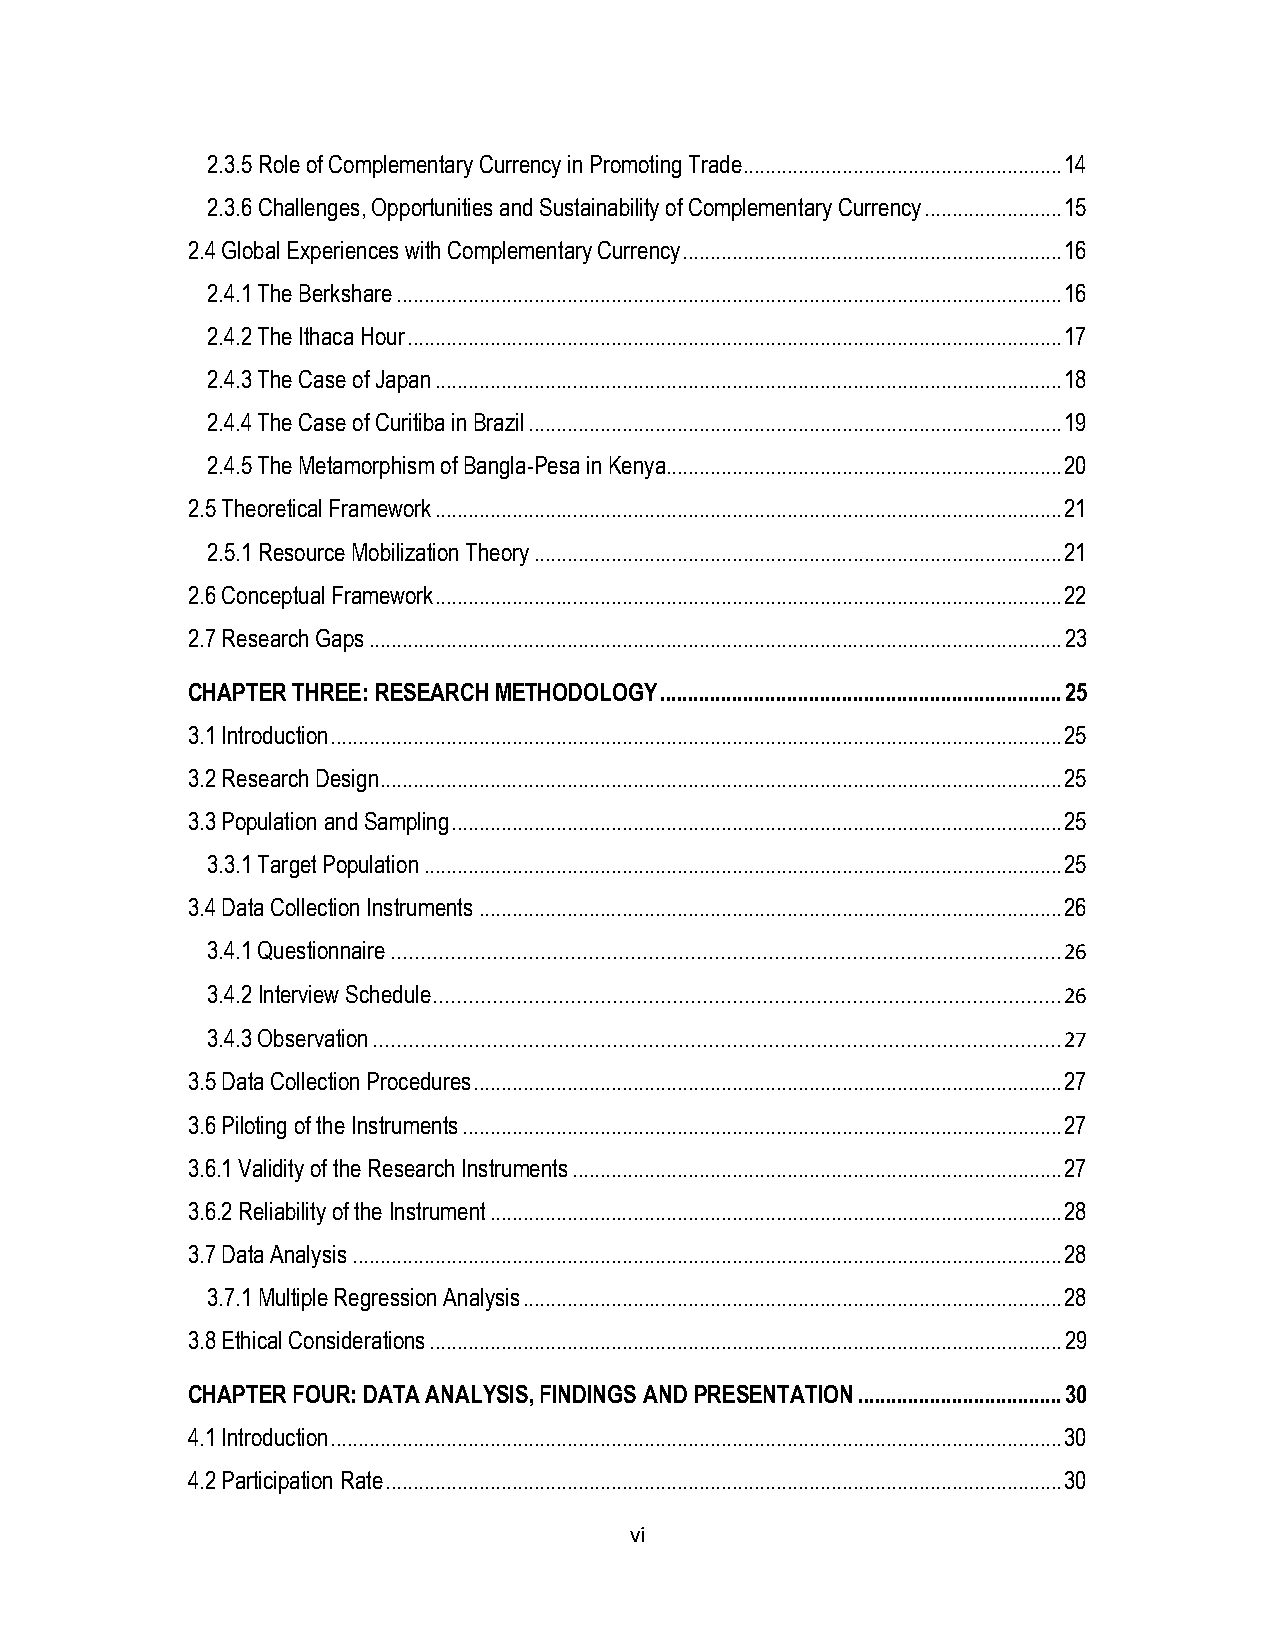
2.3.5 Role of Complementary Currency in Promoting Trade .......................................................... 14
 2.3.6 Challenges, Opportunities and Sustainability of Complementary Currency ......................... 15
 2.4 Global Experiences with Complementary Currency ..................................................................... 16
 2.4.1 The Berkshare ......................................................................................................................... 16
 2.4.2 The Ithaca Hour ....................................................................................................................... 17
 2.4.3 The Case of Japan .................................................................................................................. 18
 2.4.4 The Case of Curitiba in Brazil ................................................................................................. 19
 2.4.5 The Metamorphism of Bangla-Pesa in Kenya........................................................................ 20
 2.5 Theoretical Framework .................................................................................................................. 21
 2.5.1 Resource Mobilization Theory ................................................................................................ 21
 2.6 Conceptual Framework .................................................................................................................. 22
 2.7 Research Gaps .............................................................................................................................. 23
 CHAPTER THREE: RESEARCH METHODOLOGY ......................................................................... 25
 3.1 Introduction ..................................................................................................................................... 25
 3.2 Research Design ............................................................................................................................ 25
 3.3 Population and Sampling ............................................................................................................... 25
 3.3.1 Target Population .................................................................................................................... 25
 3.4 Data Collection Instruments .......................................................................................................... 26
 3.4.1 Questionnaire ................................................................................................................ 26
 3.4.2 Interview Schedule ......................................................................................................... 26
 3.4.3 Observation ................................................................................................................... 27
 3.5 Data Collection Procedures ........................................................................................................... 27
 3.6 Piloting of the Instruments ............................................................................................................. 27
 3.6.1 Validity of the Research Instruments ......................................................................................... 27
 3.6.2 Reliability of the Instrument ........................................................................................................ 28
 3.7 Data Analysis ................................................................................................................................. 28
 3.7.1 Multiple Regression Analysis .................................................................................................. 28
 3.8 Ethical Considerations ................................................................................................................... 29
 CHAPTER FOUR: DATA ANALYSIS, FINDINGS AND PRESENTATION ..................................... 30
 4.1 Introduction ..................................................................................................................................... 30
 4.2 Participation Rate ........................................................................................................................... 30
 vi